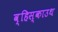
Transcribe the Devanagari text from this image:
व्हिस्काउथ